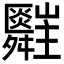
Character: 𦨄